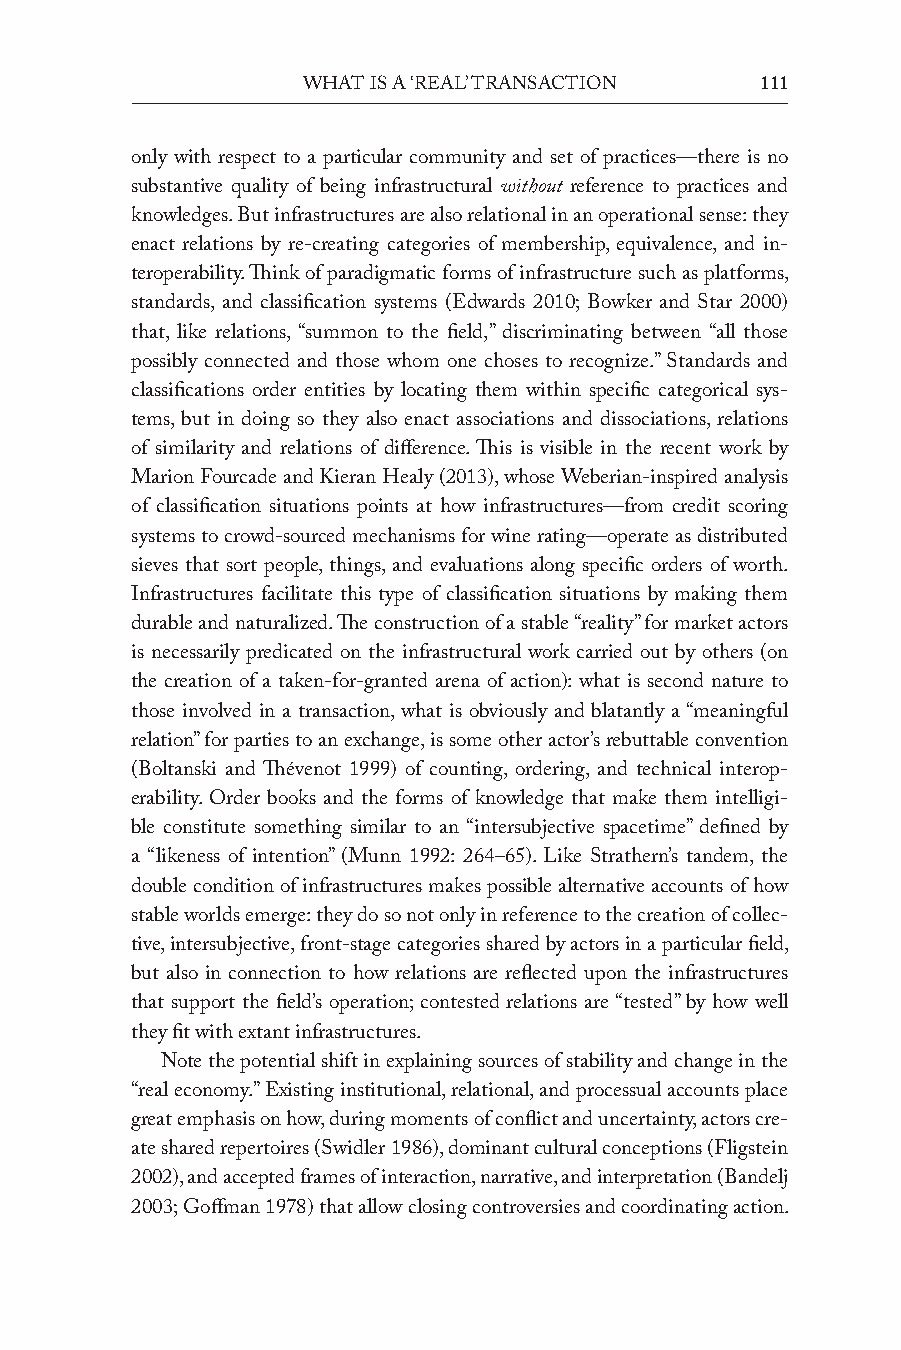
What is a ‘real’ transaction  111
 only with respect to a particular community and set of practices—there is no
 substantive quality of being infrastructural without reference to practices and
 knowledges. But infrastructures are also relational in an operational sense: they
 enact relations by re-creating categories of membership, equivalence, and in-
 teroperability. Think of paradigmatic forms of infrastructure such as platforms,
 standards, and classification systems (edwards 2010; Bowker and Star 2000)
 that, like relations, “summon to the field,” discriminating between “all those
 possibly connected and those whom one choses to recognize.” Standards and
 classifications order entities by locating them within specific categorical sys-
 tems, but in doing so they also enact associations and dissociations, relations
 of similarity and relations of difference. This is visible in the recent work by
 Marion Fourcade and Kieran Healy (2013), whose Weberian-inspired analysis
 of classification situations points at how infrastructures—from credit scoring
 systems to crowd-sourced mechanisms for wine rating—operate as distributed
 sieves that sort people, things, and evaluations along specific orders of worth.
 Infrastructures facilitate this type of classification situations by making them
 durable and naturalized. The construction of a stable “reality” for market actors
 is necessarily predicated on the infrastructural work carried out by others (on
 the creation of a taken-for-granted arena of action): what is second nature to
 those involved in a transaction, what is obviously and blatantly a “meaningful
 relation” for parties to an exchange, is some other actor’s rebuttable convention
 (Boltanski and Thévenot 1999) of counting, ordering, and technical interop-
 erability. Order books and the forms of knowledge that make them intelligi-
 ble constitute something similar to an “intersubjective spacetime” defined by
 a “likeness of intention” (Munn 1992: 264–65). Like Strathern’s tandem, the
 double condition of infrastructures makes possible alternative accounts of how
 stable worlds emerge: they do so not only in reference to the creation of collec-
 tive, intersubjective, front-stage categories shared by actors in a particular field,
 but also in connection to how relations are reflected upon the infrastructures
 that support the field’s operation; contested relations are “tested” by how well
 they fit with extant infrastructures.
 note the potential shift in explaining sources of stability and change in the
 “real economy.” existing institutional, relational, and processual accounts place
 great emphasis on how, during moments of conflict and uncertainty, actors cre-
 ate shared repertoires (Swidler 1986), dominant cultural conceptions (Fligstein
 2002), and accepted frames of interaction, narrative, and interpretation (Bandelj
 2003; Goffman 1978) that allow closing controversies and coordinating action.